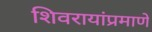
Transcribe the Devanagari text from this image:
शिवरायांप्रमाणे